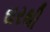
ઘરથી